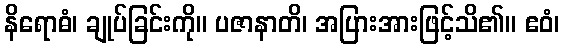
နိရောဓံ၊ ချုပ်ခြင်းကို။ ပဇာနာတိ၊ အပြားအားဖြင့်သိ၏။ ဧဝံ၊